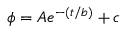
\phi = A e ^ { - ( t / b ) } + c